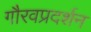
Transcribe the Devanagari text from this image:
गौरवप्रदर्शन